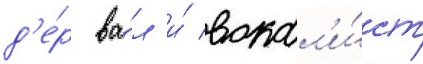
д'е́р ва́л и́ вокал'и́ст